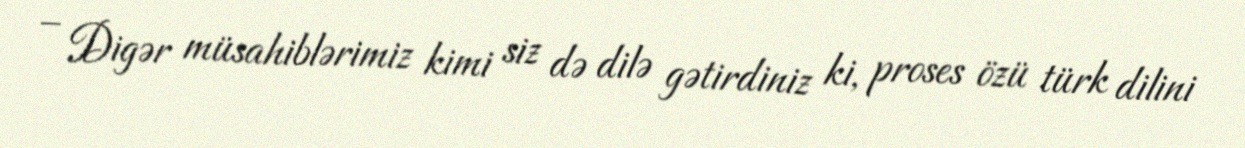
– Digər müsahiblərimiz kimi siz də dilə gətirdiniz ki, proses özü türk dilini